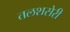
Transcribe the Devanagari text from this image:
तलशसेरी